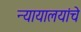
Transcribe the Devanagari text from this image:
न्यायालयांचे